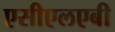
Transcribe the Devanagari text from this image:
एसीएलएबी